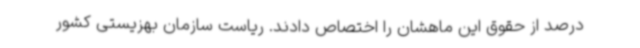
درصد از حقوق این ماهشان را اختصاص دادند. ریاست سازمان بهزیستی کشور